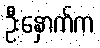
ဦးနှောက်က